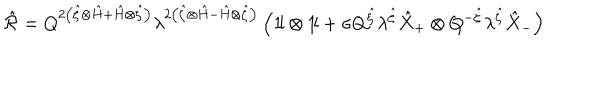
\hat { \cal R } = Q ^ { 2 \left( \hat { \zeta } \otimes \hat { H } + \hat { H } \otimes \hat { \zeta } \right) } \lambda ^ { 2 \left( \hat { \zeta } \otimes \hat { H } - \hat { H } \otimes \hat { \zeta } \right) } \left( 1 \! \mathrm { l } \otimes 1 \! \mathrm { l } + \sigma Q ^ { \hat { \zeta } } \lambda ^ { \hat { \zeta } } \hat { X } _ { + } \otimes Q ^ { - \hat { \zeta } } \lambda ^ { \hat { \zeta } } \hat { X } _ { - } \right)